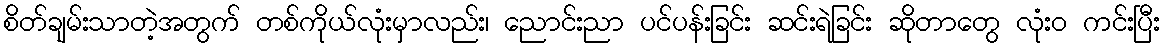
စိတ်ချမ်းသာတဲ့အတွက် တစ်ကိုယ်လုံးမှာလည်း၊ ညောင်းညာ ပင်ပန်းခြင်း ဆင်းရဲခြင်း ဆိုတာတွေ လုံးဝ ကင်းပြီး